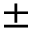
\pm